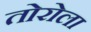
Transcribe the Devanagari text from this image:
तोरोला